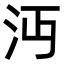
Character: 沔